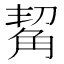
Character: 觢